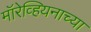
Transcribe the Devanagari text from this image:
मॉरेव्हियनाच्या